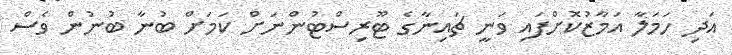
އަދި ހަމަލާ އަމާޒުކޮށްފައި ވަނީ ޗައިނާގެ ޓޫރިސްޓުންނަށް ކަމަށް ބުނާ ބުނުން ވެސް